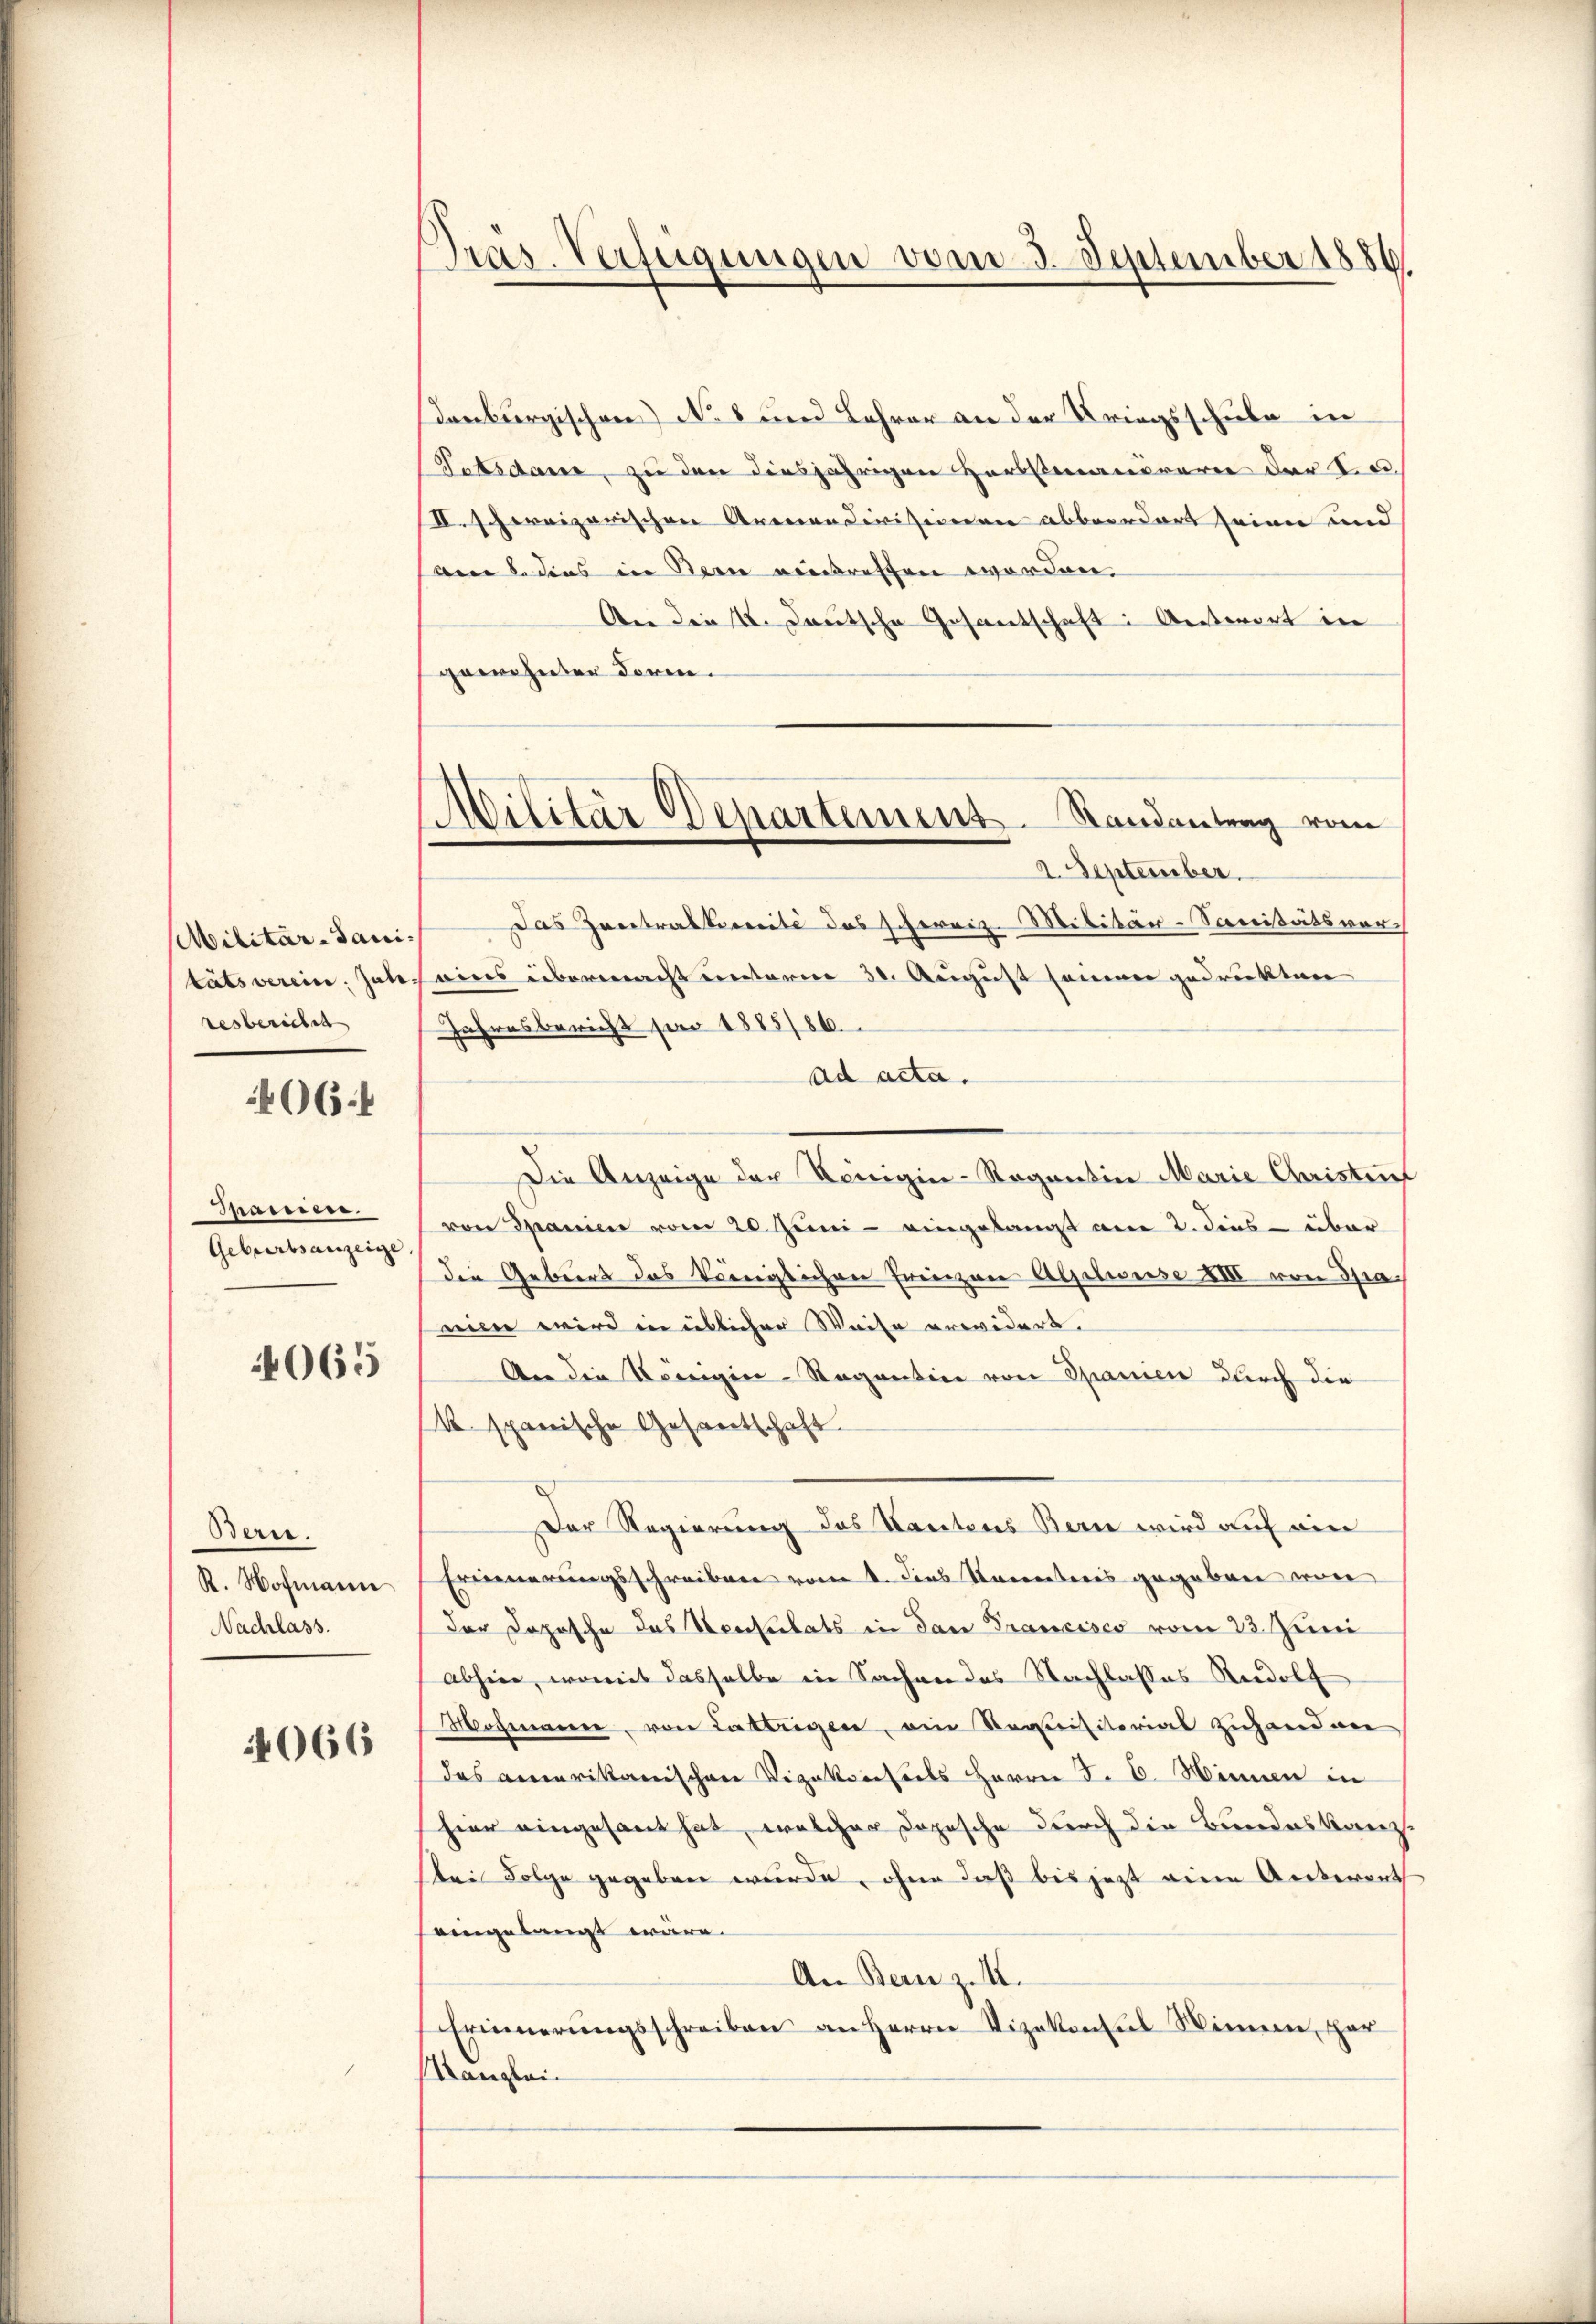
Militär-Sanitätsverein. Jahr-
resbericht

406.

Hassen.
Geburtsanzeige |
065

Bere.
R. Hofmann
Nachlass.

4066

Präs. Verfügungen vom 3. September 1886

denburgischen No 8 und Lehrer an der Kriegsschule in
Potsdam, zu den diesjährigen Herbstmanöverie der In
I. schweizerischen Armen diviseinern abbeordert seien und
Am 8. dies in Bern vertreffen worden.
An die II. Deutsche Gesantschaft: Antwort in
gewohnten Doren.
Das Zentrattreite des schereiz. Militär-Sonitätsvor-
ains übermacht unterm 30. August sammer gedruckten
Jahresbericht soo 1885/86
ad acta.
Die Anzeige der Königin-Ragantin Marie Christrief
von Spanien vom 20. Juni - eingelangt am 2. dies über
die Gebiers das Königlichen Freizer Alpelweise XIII von Granien wird in üblicher Weise erwidert.
An die Königin-Ragantine von Spanien durch die
( spanische Gesantschaft
Der Regierung des Kantons Bern wird auf ein
Erinnerungsschreiben vom 1. Dies Kometeris gegeben von
Der Copische des Verheirats in dan Francisco vom 23. Juni
abhin, womit dasselbe in Sachen des Nachlasses Rudolf
Mohmaier, von Lattrigen, ein Requisitorial zuhandwer
das amerikanischen Vigakonseits Herrn J. C. Minen in
hier eingesant hat, welcher Dopische durch die Bundeskanzbei Folge gegeben wurde, ohne daß bis jetzt eine Anteront
aingelangt wäre.
An Bern z. M.
Erinnerungsschreiben an Herrn Vizekonsul Wimme, par
anglei¬

Militär-Departement. Randantrag vom
2. September.